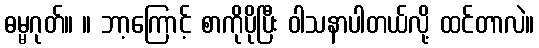
ဓမ္မဂုတ်။ ။ ဘာ့ကြောင့် စာကိုပိုပြီး ဝါသနာပါတယ်လို့ ထင်တာလဲ။